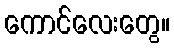
ကောင်လေးတွေ။